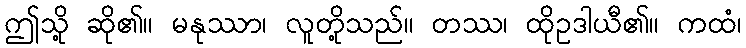
ဤသို့ ဆို၏။ မနုဿာ၊ လူတို့သည်။ တဿ၊ ထိုဥဒါယီ၏။ ကထံ၊